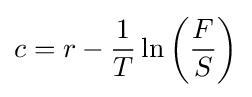
c=r-{\frac {1}{T}}\ln \left({\frac {F}{S}}\right)